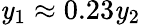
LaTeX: \mathit{y}_{1}\approx0.23\mathit{y}_{2}